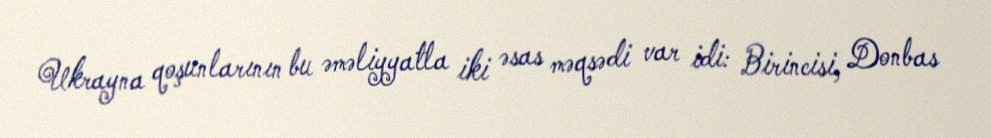
Ukrayna qoşunlarının bu əməliyyatla iki əsas məqsədi var idi: Birincisi, Donbas